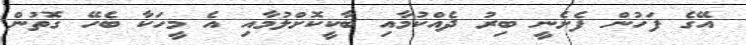
އޭގެ ފަހުން ފެށެނީ ބިރު ދެއްކުމާއި ބާކީކޮށްލުމާއި އެ މީހަކާ ބެހޭ ގޮތުން